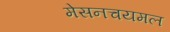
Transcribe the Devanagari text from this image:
मेसनचयमल